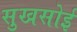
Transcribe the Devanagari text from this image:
सुखसोई